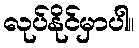
လုပ်နိုင်မှာပါ။